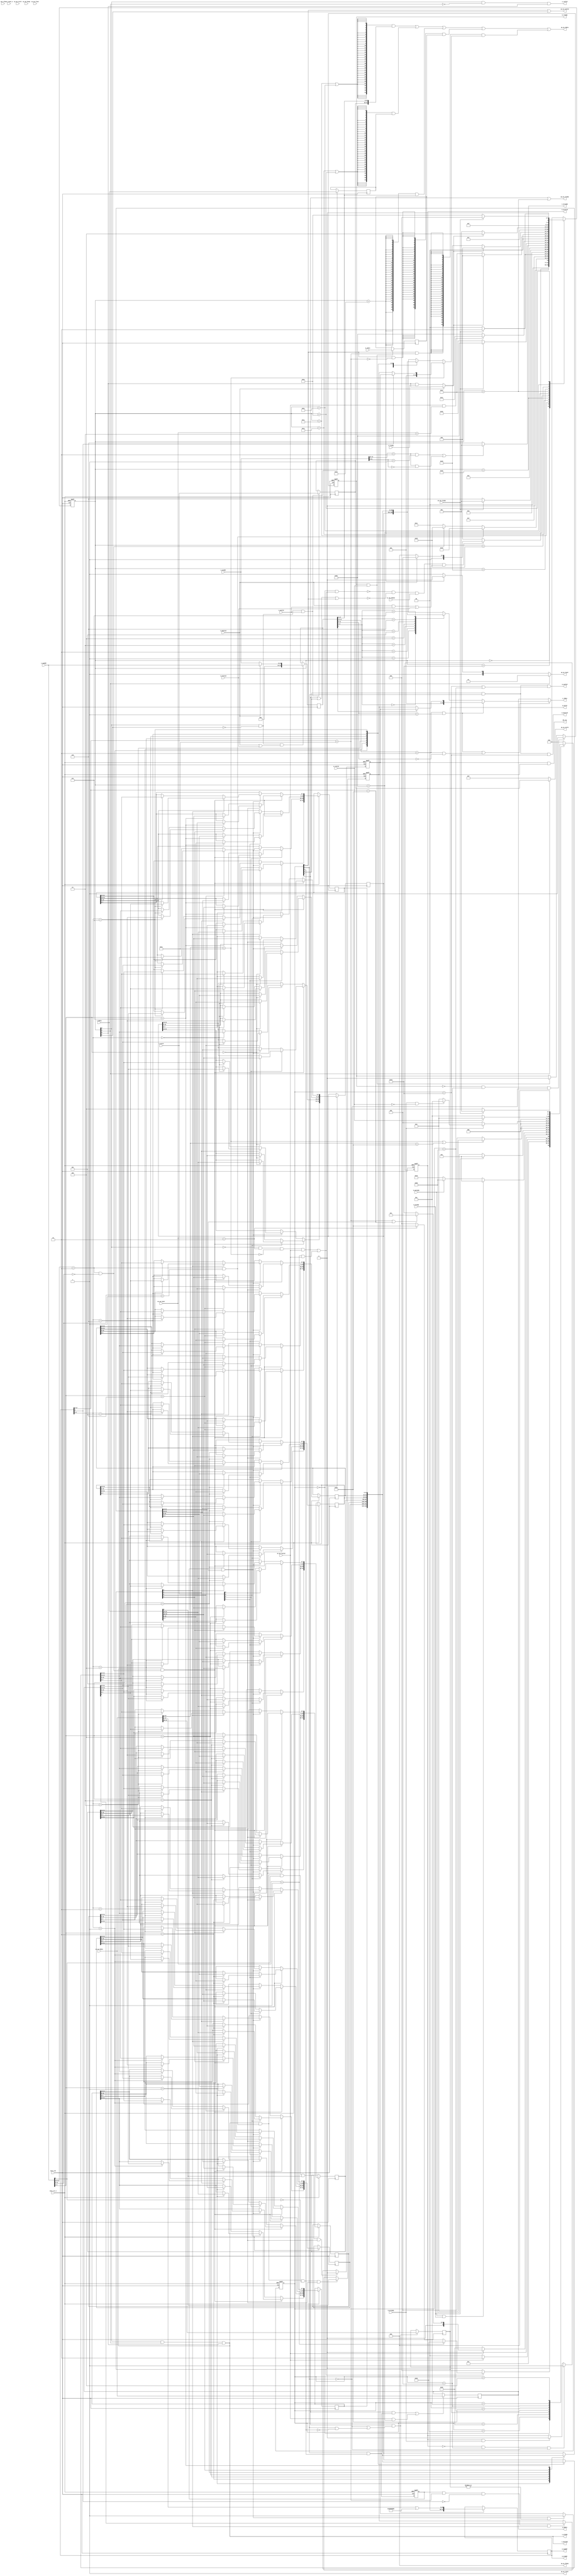
// AXIL-AXIS (AA module) - AXILite-AXIS Protcol Conversion
//  Specification: https://github.com/bol-edu/fsic_fpga/blob/main/fsic-spec-dev/modules/FSIC-AXIS%20interface%20specification.md
// 
// - Simplify the design, no fifo
//   Assuming there is no pipeline ss->lm transaction
//   Assuming there is no pipeline ls->sm tranaction 
//   Assuming there is no concurrent ss, ls transaction, i.e. either ss, or ls transaction is only, it will stall the other.
// 
// - Support 
//   Axis-slave to Axilite Master (ss->lm -> sm) read/write 
//   Axilite slave to Axis-master (ls -> sm -> ss) read/write
//   mailbox - support on 8 DW register (DW#0 - FSIC, DW#1 - FPGA)
// 

//reg [6:0] ss_lm_fsm;
`define SS_IDLE             7'b0_0_0_0_0_0_0
`define SS_RD               7'b0_1_0_0_0_0_0
`define SS_WR_S1            7'b0_1_1_0_0_0_0
`define SS_WR_S2            7'b0_1_1_0_0_1_0
`define SS_WR_LM            7'b0_0_1_1_0_0_0
`define SS_WR_LM_AW         7'b1_0_1_1_0_0_0
`define SS_RD_LM_AR         7'b0_0_0_1_0_0_0
`define SS_RD_LM_R          7'b0_0_0_1_0_1_0
`define SS_RD_SM_RS         7'b0_0_0_0_1_0_0
`define SS_DONE             7'b0_0_0_0_0_0_1


module AXIL_AXIS #( parameter pADDR_WIDTH   = 12,
                    parameter pDATA_WIDTH   = 32
                  )
(

// Clock & Reset - only use axis_clk, axis_rst_n
  input  wire          axi_clk,
  input  wire          axi_reset_n,
  input  wire          axis_clk,
  input  wire          axis_rst_n,

// LM - Axilite Master
// LM AW Channel
  output wire          m_awvalid,
  output wire  [31: 0] m_awaddr,
  input  wire          m_awready,

// LM  W Channel
  output wire          m_wvalid,
  output wire  [31: 0] m_wdata,
  output wire   [3: 0] m_wstrb,    // follow axis 2nd cycle ss_tdata[31:28]
  input  wire          m_wready,

/// LM AR Channel
  output wire          m_arvalid,
  output wire  [31: 0] m_araddr,
  input  wire          m_arready,

// LM R Channel
  output wire          m_rready,
  input  wire          m_rvalid,
  input  wire  [31: 0] m_rdata,


// LS - Axilite Slave
// LS AW Channel
  output wire          s_awready,
  input  wire          s_awvalid,
  input  wire  [14: 0] s_awaddr,

// LS W Channel
  output wire          s_wready,
  input  wire          s_wvalid,
  input  wire  [31: 0] s_wdata,  
  input  wire   [3: 0] s_wstrb,

// LS AR Channel
  output wire          s_arready,
  input  wire          s_arvalid,
  input  wire  [14: 0] s_araddr,

 // LS R Channel
  output wire  [31: 0] s_rdata,
  output wire          s_rvalid,
  input  wire          s_rready,

// -- Stream Interface with Axi-Switch (AS)

// SS - Stream Slave
  input  wire  [31: 0] as_aa_tdata,
  input  wire   [3: 0] as_aa_tstrb,
  input  wire   [3: 0] as_aa_tkeep,
  input  wire          as_aa_tlast,
  input  wire          as_aa_tvalid,
  input  wire   [1: 0] as_aa_tuser,
  output  wire         aa_as_tready,

// SM - Stream Master
  output wire  [31: 0] aa_as_tdata,
  output wire   [3: 0] aa_as_tstrb,
  output wire   [3: 0] aa_as_tkeep,
  output wire          aa_as_tlast,
  output wire          aa_as_tvalid,
  output wire   [1: 0] aa_as_tuser,
  input  wire          as_aa_tready,

// Misc
  input  wire          cc_aa_enable,   // all Axilite Slave transaction should be qualified by cc_aa_enable
  output wire          mb_irq          // Generate interrupt only when mailbox write by remote, i.e. from Axi-stream
 
);
  localparam TUSER_AXIS = 2'b00;
  localparam TUSER_AXILITE_WRITE = 2'b01;
  localparam TUSER_AXILITE_READ_REQ = 2'b10;
  localparam TUSER_AXILITE_READ_CPL = 2'b11;

  localparam TID_DN_UP = 2'b00;
  localparam TID_DN_AA = 2'b01;
  localparam TID_UP_UP = 2'b00;
  localparam TID_UP_AA = 2'b01;
  localparam TID_UP_LA = 2'b10;

// naming rule
// r_   : registered/latched
// _n   : active low
// _cyc : transaction cycle 
// interface ports:
// - ss (stream slave)
// - sm (stream master)
// - ls (axilite slave)
// - lm (axilite master)
// cycle type indicators:
// - wr : write transaction
// - rd : read transaction
// - rs : read response

// aa_reset_n - AA module reset, active low
// 1. system reset
// 2. cc_aa_enable = 0 : if AA is not enable, treated as reset
wire aa_reset_n = axis_rst_n;

// move here for early declaraion before use it to avoid error in simulation
wire ss_sm_cyc;
wire ss_t2;
reg [6:0] ss_lm_fsm;
wire ss_lm_enable;
//
//   SS Cycle type - decode from tuser, refer to fsic-axis specification
//   tuser = 2'b00    - axis cycle, ignored, we don't handle pure axi-stream transaction
//   tuser = 2'b01    - axilite write - 2T  T1:address, T2:data
//   tuser = 2'b10    - axilite read - address
//   tuser = 2'b11    - axilite read - data response
// Note: we should use latched tuser ----
wire ss_axis_cyc    = (as_aa_tuser == 2'b00);    // actually, we won't receive this cycle, as should filter it out
wire ss_wr_cyc      = (as_aa_tuser == 2'b01);    // tready is return as long as address/data latch is ok (ss_w_addr_data_ok)
wire ss_rd_cyc      = (as_aa_tuser == 2'b10);    // tready is return as long as ss_rw_addr latch is ok
wire ss_rs_cyc      = (as_aa_tuser == 2'b11); 


// --------------------------------
// Internal States
// --------------------------------
// Data/Address latches
// As a slave, we will latch (save) address and data used for the master transaction later, example
// SS -> LM  write : latch address (1st T) and data (2nd T)
// SS -> LM  read :  latch address (1st T)
// LS -> SS  write : latch address (@awvalid), data (@wvalid)
// LS -> SS  read : latch address (@arvalid), data @(rready) 
//

// ----------------------------
// cycle tracking  - ss_cyc, ls_cyc
// ----------------------------
// ------  SS -> LM  -----------
//reg  ss_wr;                  // status: latched ss transaction is read(0) or write(1)
//wire ss_rd = ~ss_wr;
wire ss_cyc;                    // indicate there is ss_cyc pending, set by ss, reset by axil transaction complete
//wire lm_ready;                // axil master transaction complete, m_wready(write), m_rvalid(read)
//wire lm_done = lm_ready;    // same as lm_ready
// reg r_ss_rresp;               // ss read data is complete, generate sm response data ??

// LS -> SM
wire ls_wr;                // indicate ls transaction is read(0), write(1)
wire ls_cyc;               // ls cycle is ongoing
                            //   write -> until sm send out stream write
                            //   read  -> until ss receive tuser= 2'b11, read response data
//reg r_sm_done;              // sm write transferred, or sm read address sent
// reg r_ss_axil_rresp;        // r_ss  ??

// ----------------------------------
//  Lached Input address / data from SS, LS, LM (response data)
// ----------------------------------
// --- SS ------------
reg [31:0] r_ss_rw_addr;            // ss-axil address latch for read and write - shared
reg [31:0] r_ss_wdata;             // ss-axil data latch for write, 
                                    //    also used for ss-axil read response data, guarantee exclusive ss w/rs by not responding ss_ready
                                    //    if ss_cyc is on-going, don't asserts ss_tready
                                    // TODO: what happend if ls and ss with valid signal at the same T? add arbitraion for it.
reg [3:0]  r_ss_wstrb;               // ss-axil wstb latch - from SS 1T tdata[31:28]
reg [1:0]  r_tuser;                 // tuser is encoded with cycle type            


// reg [31:0] ss_rs_data;         // ss data for tuser = 2'b11, used as ls respond data, i.e. s_rdata
wire [31:0] ss_rs_data = r_ss_wdata;  // shared, guarantee exclusive ss w/rs by not responding ss_ready, the code may be confusing


// ---  LS -----------  Axilite Slave
// ls side latched address, data, or read data to send
reg [31:0] r_ls_rw_addr;            // ls address

reg [31:0] r_ls_wdata;              // ls write data
reg [3:0]  r_ls_wstrb;              // ls wstrb

// --- LM  ------------ Axilite Master
// lm side - latch read response data
reg [31:0] r_lm_rs_data;            // lm read response data 


// ----------------------------------
//  Module Interface signals - Address/Data to LM, SM from internal latched registers
// ---------------------------------


// ----  LM - Adddress/Data   - from SS latched address/data
assign m_awaddr = r_ss_rw_addr;
assign m_araddr = r_ss_rw_addr;
assign m_wdata  = r_ss_wdata;
assign m_wstrb  = r_ss_wstrb;


// 
// aa_internal - address hit internal aa configuration or mailbox
// From SS
// AA  'h3000_2xxx   r_ss_rw_addr[27:0]
// aa_reg (internal) a[27:0] = 28'h000_21xx
// aa_mbox           a[27:0] = 28'h000_20xx
// From LS
// use r_ls_rw_addr[11:0]
//    aa_reg   12'h1xx
//    aa_mbox  12'h0xx
// 
// From LS
//   - read ( AA, MBOX), Write AA   => no need trigger LS state machine
// From SS
//   - write/read AA  => no need to trigger SS state machine
//   - write Mbox
wire ss_aa_reg  = ( as_aa_tdata[27:8] == 20'h000_21 );   // xxxx_3xxx, xxxx_2xxx only compare addr[11:8];
wire ss_aa_mbox = ( as_aa_tdata[27:8] == 20'h000_20 );  

wire ss_aa_reg_latch = ( r_ss_rw_addr[27:8] == 20'h000_21 );   // xxxx_3xxx, xxxx_2xxx only compare addr[11:8];
wire ss_aa_mbox_latch = ( r_ss_rw_addr[27:8] == 20'h000_20 );  

wire ls_aa_reg  = ( r_ls_rw_addr[14:12] == 3'b010 && r_ls_rw_addr[11:8] == 4'h1);
wire ls_aa_mbox = ( r_ls_rw_addr[14:12] == 3'b010 && r_ls_rw_addr[11:8] == 4'h0 );

wire ls_aa_reg_lw  = ( s_awaddr[14:12] == 3'b010 && s_awaddr[11:8] == 4'h1 );   //ls_aa_reg local write
wire ls_aa_mbox_lw = ( s_awaddr[14:12] == 3'b010 && s_awaddr[11:8] == 4'h0 );   //s_aa_mbox local write

wire ls_aa_reg_lr  = ( s_araddr[14:12] == 3'b010 && s_araddr[11:8] == 4'h1 );   //ls_aa_reg local read
wire ls_aa_mbox_lr = ( s_araddr[14:12] == 3'b010 && s_araddr[11:8] == 4'h0 );   //s_aa_mbox local read

// ---------------------------------------
// AA-register
// - Memory-mapped Address (32'h3000_2000 ~'h3000_2xxx) - cc_aa_enable
    //--------------------------------------------------
    // for AA_REG description
    // offset 0-3 (32bit):
    //   bit 0: Enable Interrupt
    //       0 = disable interrupt signal
    //       1 = enable interrupt signal
    // offset 4-7 (32bit):
    //   bit 0: Interrupt Status
    //       1: interrupt has occurred
    //       0: no interrupt
    //--------------------------------------------------
reg intr_enable;  // rw: offset:0, bit0  - use addr[2] to select
reg intr_status;  // ro: offset:4, bit0

// ---------------------------------------
// Mailbox 
// - Memory-mapped address (32'h3000_2000~3000_201f)
//   Use address[4:2]  to index mb_regs
// ---------------------------------------
// parameter MBOX_BASE_  
reg [31:0] mb_regs[7:0];    // only support 8*DW to save space


/// wire [31:0] ss_aa_internal_data;        // ss won't read aa internal data

// for local read - r_ls_rw_addr is valid
wire [31:0] ls_aa_internal_data = ls_aa_reg ? (r_ls_rw_addr[2] ? {31'b0, intr_status}
                                                               : {31'b0, intr_enable})                                             
                                            : mb_regs[r_ls_rw_addr[4:2]];


// for SS read - not verify yet - 
// Question : how to read AA_reg target in remote side? - Limitation
// issue: local_ls read address in AA_reg range will cliam and return locally, do not send to remote side.
//   provide below solution
//   add a input signal named aa_type, AA in soc(0) or fpga(1)
//      for aa_type = soc(0)  then AA_reg in 15'h21xx 
//      for aa_type = fpga(1) then AA_reg in 15'h22xx 
//   for example : 
//         in fpga, ls addr = 15'h21xx for remote AA and send to remote side
//         in fpga, ls addr = 15'h22xx then cliam and return locally
//         in soc,  ls addr = 15'h21xx then cliam and return locally
//         in soc,  ls addr = 15'h22xx for remote AA and send to remote side
// note: mailbox do not support remote read, only support local write and send a mailbox message to remote side. no need different address in soc and fpga
//        mailbox address = 15'h20xx in both soc and fpga
wire [31:0] sm_aa_internal_data = ss_aa_reg ? (r_ss_rw_addr[2] ? {31'b0, intr_status}
                                                                : {31'b0, intr_enable})
                                            : mb_regs[r_ss_rw_addr[4:2]];
// ----- LS - Data Source
// 1. SS RS data  - ss_rs_data 
// 2. ls_aa_internal data
assign s_rdata  = (ls_aa_reg | ls_aa_mbox) ?  ls_aa_internal_data  // for local_ls read
                                              : ss_rs_data;        // from SS read-response tuser=11

// ----------------------------
// mb_regs, intr_status, inter_enalbe
// LS write - s_wready qualify by ls_aa_reg, ls_aa_mbox
// SS write - ss_t2 @ clk  qualify by ss_aa_reg ls_aa_mbox

reg r_ss_t2;   // one cycle after ss_t2 to ensure ss address/data is valid
always @(posedge axis_clk or negedge axis_rst_n) begin
    if(! axis_rst_n)  begin
        r_ss_t2 <= 0;
    end else begin
        r_ss_t2 <= ss_t2;
    end
end

// 
// intr_status
//  set by ss write to mbox
//  reset by ls write to status with 1  (write one to clear)
// 
always @(posedge axis_clk or negedge axis_rst_n) begin
    if( !axis_rst_n ) begin
        intr_status <= 0;
    end else begin

        // intr_staus
        if(s_wready & ls_aa_reg_lw & s_awaddr[2] & s_wdata[0] & & s_wstrb[0]) //local write one to clear
            intr_status <= 1'b0;    // write-one-to clear 
        else if( r_ss_t2  & ss_aa_mbox_latch & (|r_ss_wstrb) ) //Remote write any mbox register to set
            intr_status <= 1'b1;    // mbox write set status
        else     
            intr_status <= intr_status;

    end
end 

always @(posedge axis_clk or negedge axis_rst_n) begin
    if( !axis_rst_n ) begin
        intr_enable <= 0;
    end else begin

        // intr_enable
        if(s_wready & ls_aa_reg_lw & !s_awaddr[2] & s_wstrb[0])    //local access 
            intr_enable <= s_wdata[0];
        else if( r_ss_t2  & ss_aa_reg_latch & !r_ss_rw_addr[2] & r_ss_wstrb[0])  //Remote access 
            intr_enable  <= r_ss_wdata[0];
        else 
            intr_enable <= intr_enable ;

        // mbox
        if(s_wready & ls_aa_mbox_lw) begin 
            if ( s_wstrb[0] ) mb_regs[s_awaddr[4:2]][7:0] <= s_wdata[7:0];
            else              mb_regs[s_awaddr[4:2]][7:0] <= mb_regs[s_awaddr[4:2]][7:0];
            if ( s_wstrb[1] ) mb_regs[s_awaddr[4:2]][15:8] <= s_wdata[15:8];
            else              mb_regs[s_awaddr[4:2]][15:8] <= mb_regs[s_awaddr[4:2]][15:8];
            if ( s_wstrb[2] ) mb_regs[s_awaddr[4:2]][23:16] <= s_wdata[23:16];
            else              mb_regs[s_awaddr[4:2]][23:16] <= mb_regs[s_awaddr[4:2]][23:16];
            if ( s_wstrb[3] ) mb_regs[s_awaddr[4:2]][31:24] <= s_wdata[31:24];
            else              mb_regs[s_awaddr[4:2]][31:24] <= mb_regs[s_awaddr[4:2]][31:24];
        end    
        else if( r_ss_t2  & ss_aa_mbox_latch ) begin
            `ifdef SIMULATION
              $display($time, "=> detect ss_aa_mbox_latch write %x, %x, %x", r_ss_rw_addr, r_ss_wstrb, r_ss_wdata);        
            `endif //SIMULATION  
            if ( r_ss_wstrb[0] ) mb_regs[r_ss_rw_addr[4:2]][7:0] <= r_ss_wdata[7:0];
            else              mb_regs[r_ss_rw_addr[4:2]][7:0] <= mb_regs[r_ss_rw_addr[4:2]][7:0];
            if ( r_ss_wstrb[1] ) mb_regs[r_ss_rw_addr[4:2]][15:8] <= r_ss_wdata[15:8];
            else              mb_regs[r_ss_rw_addr[4:2]][15:8] <= mb_regs[r_ss_rw_addr[4:2]][15:8];
            if ( r_ss_wstrb[2] ) mb_regs[r_ss_rw_addr[4:2]][23:16] <= r_ss_wdata[23:16];
            else              mb_regs[r_ss_rw_addr[4:2]][23:16] <= mb_regs[r_ss_rw_addr[4:2]][23:16];
            if ( r_ss_wstrb[3] ) mb_regs[r_ss_rw_addr[4:2]][31:24] <= r_ss_wdata[31:24];
            else              mb_regs[r_ss_rw_addr[4:2]][31:24] <= mb_regs[r_ss_rw_addr[4:2]][31:24];
        end    
    end
end

// --- mb_irq ---
// asserts mb_irq when  intr_status = 1 & intr_enable
//
assign mb_irq = intr_status & intr_enable; 

// -------------------------------------------------------
// LS State Machine - Tracking LS -> SM Conversion
// Note LS State machine & SS State machine can not run currently
//  LS read AA reg + MBOX LS_RD -> LS_R_DONE
//  LS write AA_reg       LS_WR -> LS_W_DONE
//  LS write AA_MBOX   pass to FPGA -> LS_WR_SM1
// -------------------------------------------------------
reg [6:0] ls_sm_fsm;

//
// sm fsm state encoding is used to generate related control signal
//                         {rd_ss_wait_rs, mbox, ls_cyc, ls_wr, ls_sm_tvalid_cyc, w1/w2 or ss_read, done}
`define LS_IDLE             7'b0_0_0_0_0_0_0              
`define LS_RD               7'b0_0_1_0_0_0_0
`define LS_WR               7'b0_0_1_1_0_0_0
`define LS_WR_SM1           7'b0_0_1_1_1_0_0
`define LS_WR_SM2           7'b0_0_1_1_1_1_0
`define LS_RD_SM_REQ        7'b0_0_1_0_1_1_0
`define LS_RD_SS_WAIT_RS    7'b1_0_1_0_0_0_0
`define LS_R_DONE           7'b0_0_1_0_0_0_1
`define LS_W_DONE           7'b0_0_1_1_0_0_1
`define LS_MBOXW            7'b0_1_1_1_0_0_1
`define LS_MBOXW_SM1        7'b0_1_1_1_1_0_0
`define LS_MBOXW_SM2        7'b0_1_1_1_1_1_0

wire sm_tvalid;

// cycle indicator and control signal generaion
wire   ls_mbox = ls_sm_fsm[5];
assign ls_cyc = ls_sm_fsm[4];
wire   ls_only_cyc = ls_sm_fsm[4] & !ls_sm_fsm[2];  // LS_RD, LS_WR 
assign ls_wr  = ls_sm_fsm[3];
wire   ls_sm_tvalid_cyc = ls_sm_fsm[2];
wire   sm_wr_t1 = (ls_sm_fsm == `LS_WR_SM1) || (ls_sm_fsm == `LS_MBOXW_SM1);
wire   sm_wr_t2 = (ls_sm_fsm == `LS_WR_SM2) || (ls_sm_fsm == `LS_MBOXW_SM2);
wire   sm_read_t = (ls_sm_fsm == `LS_RD_SM_REQ);
wire   ls_r_done = (ls_sm_fsm == `LS_R_DONE);
wire   ls_done  = ls_sm_fsm[0];
wire   ls_rd_ss_wait_rs = (ls_sm_fsm == `LS_RD_SS_WAIT_RS);


// interface signals  - axilite slave
assign s_awready = ls_cyc & ls_wr & ls_done;
assign s_wready  = s_awready;
assign s_arready  = (ls_sm_fsm == `LS_RD);
assign s_rvalid = ls_cyc & !ls_wr & ls_done;

// interface signals  - axis master
assign aa_as_tvalid = sm_tvalid;                           //sm_tvalid = ss_sm_cyc | ls_sm_tvalid_cyc

// ---- SM - data has several sources
// 1. LS write - 1st T = r_ls_wstrb + r_ls_rw_addr
//               2nd T = r_ls_wdata
// 2. LS read = 4'b0000 + r_ls_rw_addr
// 3. SS read response  : r_lm_rs_data
// 
assign aa_as_tdata =  ({32{sm_wr_t1}}  & {r_ls_wstrb, r_ls_rw_addr[27:0]} )     // from local to remote write(include mbox write), local_ls write t1 -> local_sm write 
                   |  ({32{sm_wr_t2}}  & r_ls_wdata )                           // from local to remote write(include mbox write), local_ls write t2 -> local_sm write 
                   |  ({32{sm_read_t}}  & {4'b0000, r_ls_rw_addr[27:0]} )       // from local to remote read, local_ls read -> local_sm read
                   |  ({32{ss_sm_cyc & !ss_aa_reg_latch}} & r_lm_rs_data )          // remote_ls read -> remote_sm read -> local_ss read -> local_lm read_resp -> local_sm read_resp
                   |  ({32{ss_sm_cyc  &  ss_aa_reg_latch}} & sm_aa_internal_data)   // remote_ls read -> remote_sm read -> local_ss read -> local_lm read_resp -> local_sm read_resp
                   ;

assign aa_as_tstrb = (ls_wr? r_ls_wstrb : 4'b1111);     //from local to remote write use r_ls_wstrb, local_ls write -> local_sm write 
                                                          //from local to remote read use 4'b1111 ? local_ls read -> local_sm read
                                                          //from remote remote_ls read  -> remote_sm read -> local_ss read -> local_lm read_resp -> local_sm read_resp use 4'b1111
assign aa_as_tkeep = 0;
assign aa_as_tlast = 1'b1;
assign aa_as_tuser = ls_wr? TUSER_AXILITE_WRITE : 
                              (sm_read_t? TUSER_AXILITE_READ_REQ : TUSER_AXILITE_READ_CPL) ;


// control signals
// {ls_sm_enable, ls_sm_wr, sm_ready, sm_rs_ready}
// Note: LS, SS State machine is exclusive - when ss_cyc is ongoing then pending ls_sm_enable until ss_cyc done.
// SS state machine with higher priority then LS State machine when both in IDLE state and try to move to next state.
wire ls_sm_enable = !((ss_lm_fsm == `SS_IDLE) & ss_lm_enable) & !ss_cyc & cc_aa_enable & ((s_awvalid & s_wvalid) | s_arvalid);   // axilite AW & W AR request asserts
wire ls_sm_wr = s_awvalid;                  // axilite AW - write transaction
wire sm_ready = as_aa_tready;               // sm bus ready if write 2 cycle
wire ss_rs_ready = as_aa_tvalid & ss_rs_cyc; // axis slave receives read completion
wire ls_ready  = ls_sm_wr ? ls_done : ls_done & s_rready;      // ls read need to wait s_rready

// State Machine - ls_sm_fsm
always @(posedge axis_clk or negedge axis_rst_n) begin   // asynchronous reset
    if( !axis_rst_n ) begin
        ls_sm_fsm <= `LS_IDLE;
    end else begin
        case(ls_sm_fsm) 
            `LS_IDLE : 
                if(ls_sm_enable) begin
                    if(ls_sm_wr) ls_sm_fsm <= `LS_WR;
                    else         ls_sm_fsm <= `LS_RD;
                end else begin
                                ls_sm_fsm <= `LS_IDLE;
                end
            `LS_WR:  
                if(ls_aa_reg_lw)          ls_sm_fsm <= `LS_W_DONE;    
                else if(ls_aa_mbox_lw)    ls_sm_fsm <= `LS_MBOXW;    
                else                      ls_sm_fsm <= `LS_WR_SM1;
            `LS_WR_SM1: 
                if(sm_ready)    ls_sm_fsm <= `LS_WR_SM2;
                else            ls_sm_fsm <= `LS_WR_SM1;
            `LS_WR_SM2:
                if(sm_ready)    ls_sm_fsm <= `LS_W_DONE;
                else            ls_sm_fsm <= `LS_WR_SM2;
            `LS_RD:             
                if( ls_aa_reg_lr || ls_aa_mbox_lr ) ls_sm_fsm <= `LS_R_DONE; 
                else                               ls_sm_fsm <= `LS_RD_SM_REQ;
            `LS_RD_SM_REQ:                  // send 1T read request
                if(sm_ready)    ls_sm_fsm <= `LS_RD_SS_WAIT_RS;
                else            ls_sm_fsm <= `LS_RD_SM_REQ;
            `LS_RD_SS_WAIT_RS:
                if(ss_rs_ready) ls_sm_fsm <= `LS_R_DONE;
                else            ls_sm_fsm <= `LS_RD_SS_WAIT_RS;
            `LS_R_DONE:           
                if(ls_ready)    ls_sm_fsm <= `LS_IDLE;
                else            ls_sm_fsm <= `LS_R_DONE;
            `LS_W_DONE:           
                if(ls_ready)    ls_sm_fsm <= `LS_IDLE;
                else            ls_sm_fsm <= `LS_W_DONE;
            `LS_MBOXW:           
                if(ls_ready)    ls_sm_fsm <= `LS_MBOXW_SM1;
                else            ls_sm_fsm <= `LS_MBOXW;
            `LS_MBOXW_SM1: 
                if(sm_ready)    ls_sm_fsm <= `LS_MBOXW_SM2;
                else            ls_sm_fsm <= `LS_MBOXW_SM1;
            `LS_MBOXW_SM2:
                if(sm_ready)    ls_sm_fsm <= `LS_IDLE;
                else            ls_sm_fsm <= `LS_MBOXW_SM2;
            default:            ls_sm_fsm <= `LS_IDLE;
        endcase
    end
end 



// ------------------------------------------------------
// SS State machine - tracking SS -> LM 
//reg [6:0] ss_lm_fsm;

//
// sm fsm state encoding is used to generate related control signal
//  SS read AA inernal  SS_RD     -> SS_RD_SM_RS
//  SS write AA internal SS_WR_S2 -> SS_DONE
// 
/*
                          {ss_only_cyc, ss_wr, lm_cyc, ss_sm_cyc, w1/w2 or RD_LM_AR/R, done}
`define SS_IDLE             7'b0_0_0_0_0_0_0
`define SS_RD               7'b0_1_0_0_0_0_0
`define SS_WR_S1            7'b0_1_1_0_0_0_0
`define SS_WR_S2            7'b0_1_1_0_0_1_0
`define SS_WR_LM            7'b0_0_1_1_0_0_0
`define SS_WR_LM_AW         7'b1_0_1_1_0_0_0
`define SS_RD_LM_AR         7'b0_0_0_1_0_0_0
`define SS_RD_LM_R          7'b0_0_0_1_0_1_0
`define SS_RD_SM_RS         7'b0_0_0_0_1_0_0
`define SS_DONE             7'b0_0_0_0_0_0_1
*/

// cycle indicator and control signal generaion
assign ss_cyc = ss_lm_fsm[5] | ss_lm_fsm[3] | ss_lm_fsm[2];   //ss_only_cyc + lm_cyc + ss_sm_cyc
wire ss_only_cyc = ss_lm_fsm[5];
wire ss_wr  = ss_lm_fsm[4];
wire lm_cyc = ss_lm_fsm[3];
wire   lm_ar_cyc = ( ss_lm_fsm == `SS_RD_LM_AR);
assign ss_sm_cyc = ss_lm_fsm[2];
wire ss_t1  = ss_wr & !ss_lm_fsm[1];
assign ss_t2  = ss_wr & ss_lm_fsm[1];
wire ss_done  = ss_lm_fsm[0];

//wire ss_rd = ~ss_wr;

// combine from lm->sm
assign sm_tvalid = ss_sm_cyc | ls_sm_tvalid_cyc;    //from ss_sm_cyc is from remote, ls_sm_tvalid_cyc is from local

// interface signals - axis slave
// 1. remote_sm to local_ss read req
// 2. remote_sm to local_ss write req (include remote to local mbox write)
// 3. remote_sm read_resp -> local_ss read_resp
//    - local_ls read -> loca_sm read -> remote_ss read -> remote_lm read_resp -> remote_sm read_resp -> local_ss read_resp
assign aa_as_tready = ss_only_cyc | ls_r_done;

// interface signal - axis master
//   assign aa_as_tdata 


reg r_m_arvalid;
// set by lm_cyc & !ss_wr;
// clear by m_arready
always @(posedge axis_clk or negedge axis_rst_n) begin   
    if( !axis_rst_n ) r_m_arvalid <= 1'b0;
    else if (r_m_arvalid == 1'b0 &&  lm_ar_cyc && !ss_wr )  r_m_arvalid <= 1'b1;
    else if ( (r_m_arvalid == 1'b1) && (m_arready == 1'b1) ) r_m_arvalid <= 1'b0;
    else r_m_arvalid <= r_m_arvalid;
end

reg r_m_rready;
// set by lm_cyc & !ss_wr;
// clear by m_rvalid
always @(posedge axis_clk or negedge axis_rst_n) begin   
    if( !axis_rst_n ) r_m_rready <= 1'b0;
    else if (r_m_rready == 1'b0 &&  lm_ar_cyc && !ss_wr )  r_m_rready <= 1'b1;
    else if ( (r_m_rready == 1'b1) && (m_rvalid == 1'b1) ) r_m_rready <= 1'b0;
    else r_m_rready <= r_m_rready;
end

// LM interface signal - lm master
//support slave device in lm interface assert m_awready then assert m_wready or at the same clock.
assign m_awvalid = lm_cyc & ss_wr & (ss_lm_fsm == `SS_WR_LM);
assign m_wvalid  = lm_cyc & ss_wr & ( (ss_lm_fsm == `SS_WR_LM) | (ss_lm_fsm == `SS_WR_LM_AW) );
assign m_arvalid = r_m_arvalid; // m_arvalid de-assert when detect m_arready assert
assign m_rready  = r_m_rready;  // m_rready de-assert when detect m_rvalid assert


// control signals
// Note:  1. LS, SS state mchine are exclusive
//        2. limitation: dead lock issue, if remote side send a read request and ss_aa_reg=1. current design do not assert tready in SS then dead lock.
//        3. dead lock issue - both side issue mailbox write
//            workaround - SS state mahcine from IDLE to next state when ss_wr_cyc=1

// ss_lm_enable in below conditions
// 1. no on going ls cycle and current request from remote sm to local ss read cycle address not in aa_reg range.
//    - for remote sm to local ss read_resp cycle (ss_rs_cyc) do not let ss_lm_enable=1
// 2. remote sm to local ss is write cycle 
//
// limitation : dead lock when both side issue cfg read to remote side at the same time
// - for example 
//    A. soc  issue cfg read request to fpga then the soc  ls_cyc=1 and isseu read req from soc's  SM to fpga's ss.
//    in soc's view point, the ls_sys=1 and ss_rd_cyc=1 then keep ss_lm_enable = 0
//    B. fpga issue cfg read request to soc  then the fpga ls_cyc=1 and isseu read req from fpga's SM to soc's ss.
//    in fpga's view point, the ls_sys=1 and ss_rd_cyc=1 then keep ss_lm_enable = 0
//    - dead lock in both side, the ss_lm_enable keep = 0.
// - usage : in most case only fpga need issue remote cfg read for debugging.
// - improve solution: use mailbox as a communication chaneel for sw to grant/release the remote cfg access right. The spec is defeined by software if need.(TBD)

assign ss_lm_enable = (!ls_cyc & ss_rd_cyc & !ss_aa_reg & as_aa_tvalid ) || (ss_wr_cyc & as_aa_tvalid );

        
// State Machine - ss_lm_fsm
always @(posedge axis_clk or negedge axis_rst_n) begin   // asynchronous reset
    if( !axis_rst_n ) begin
        ss_lm_fsm <= `SS_IDLE;
    end else begin
        case(ss_lm_fsm) 
            `SS_IDLE: 
                if(ss_lm_enable) begin
                    if(ss_wr_cyc)             ss_lm_fsm <=  `SS_WR_S1;
                    else if(ss_rd_cyc)        ss_lm_fsm <= `SS_RD;
                    else                      ss_lm_fsm <= `SS_IDLE;
                end 
                else begin
                    ss_lm_fsm <= `SS_IDLE;
                end
            `SS_WR_S1:  
                if(as_aa_tvalid)   ss_lm_fsm <= `SS_WR_S2;
                else               ss_lm_fsm <= `SS_WR_S1;
            `SS_WR_S2:
                if(as_aa_tvalid)   begin
                    if(ss_aa_reg_latch | ss_aa_mbox_latch)  ss_lm_fsm <= `SS_DONE;
                    else                        ss_lm_fsm <= `SS_WR_LM;
                end 
                else  begin 
                    ss_lm_fsm <= `SS_WR_S2;
                end
            `SS_WR_LM:
                if(m_awready && m_wready)       ss_lm_fsm <= `SS_DONE;      
                else if(m_awready)              ss_lm_fsm <= `SS_WR_LM_AW;
                else                            ss_lm_fsm <= `SS_WR_LM;
            `SS_WR_LM_AW:
                if(m_wready)        ss_lm_fsm <= `SS_DONE;
                else                ss_lm_fsm <= `SS_WR_LM_AW;
            `SS_RD:
                if(ss_aa_reg | ss_aa_mbox) ss_lm_fsm <= `SS_RD_SM_RS;
                else                      ss_lm_fsm <= `SS_RD_LM_AR;    //read cfg target not in AA
            `SS_RD_LM_AR:
                if( !m_arready )                ss_lm_fsm <= `SS_RD_LM_AR;
                else if( m_arready & !m_rvalid ) ss_lm_fsm <= `SS_RD_LM_R;
                else                            ss_lm_fsm <= `SS_RD_SM_RS;
            `SS_RD_LM_R:
                if( !m_rvalid )      ss_lm_fsm <= `SS_RD_LM_R;
                else                 ss_lm_fsm <= `SS_RD_SM_RS;
            `SS_RD_SM_RS:
                if( !as_aa_tready)   ss_lm_fsm <= `SS_RD_SM_RS;
                else                 ss_lm_fsm <= `SS_DONE;
            `SS_DONE:               ss_lm_fsm <= `SS_IDLE;
            default:            ss_lm_fsm <= `SS_IDLE;
        endcase
    end
end        


// ------------------------------------------------------
//  Address / Data Storage
// ------------------------------------------------------

// ---------   SS    ---------------
// SS - r_ss_rw_addr, r_ss_wdata, r_ss_wstrb, r_tuser
//  - ss side address/data latch
// Note: it does not need reset, why ? when it is used, the content will be valid anyway
// -------------------------

always @( posedge axis_clk ) begin              // T1 - address
    if( ss_only_cyc && (!ss_wr | ss_t1) ) begin     //ss_only_cyc = aa_as_tready
                                                        //latch addr, strb and user when read or ss_t1
        r_ss_rw_addr <= as_aa_tdata[27:0] | 32'h3000_0000;  //for received cfg R/W request in ss, update address bit[31:28]= 4'h3 in local for send to lm connect to config control.
        r_ss_wstrb <= as_aa_tdata[31:28];                          //how to use as_aa_tstrb?
        r_tuser <= as_aa_tuser;
    end else begin
        r_ss_rw_addr <= r_ss_rw_addr;
        r_ss_wstrb <= r_ss_wstrb;
        // r_tuser <= as_aa_tuser;
        r_tuser <= r_tuser;
    end
end

//r_ss_wdata come from below source
// 1. SS write - r_ss_wdata come from as_aa_tdata
//    when remote_ls write -> remote_sm write t2 -> local_ss write t2
// 2. SS read_resp r_ss_wdata come from as_aa_tdata
//    when local_ls read -> local_sm read -> remote_ss read -> remote_lm read_resp -> remote_sm read_resp -> local_ss read_resp

always @(posedge axis_clk) begin                // T2 - data
    if( ( ss_only_cyc && ss_t2 ) || (as_aa_tvalid && ls_rd_ss_wait_rs ) )     //ss_only_cyc = aa_as_tready
                                                                                  //early capture data when as_aa_tvalid
          r_ss_wdata <= as_aa_tdata;                      //ss_rs_data = r_ss_wdata, it is share. 
    else  r_ss_wdata <= r_ss_wdata;
end


// ----------  LS     ---------------------------
// r_ls_rw_addr   - LS address    @awvaid, arvalid
// r_ls_wdata       - LS write data @wvalid
// r_ls_wstrb      - ls write strb @awvalid
// 

always @( posedge axis_clk ) begin
    if( ls_only_cyc & (s_awvalid | s_arvalid))  begin   //use valid to latch addr.
        r_ls_rw_addr <= s_awvalid ? s_awaddr : s_araddr;   //r_ls_rw_addr[31:15] awlays = 0
    end else begin
        r_ls_rw_addr <= r_ls_rw_addr; 
    end
end

always @( posedge axis_clk ) begin
    if( ls_only_cyc & s_wvalid )  begin
        r_ls_wstrb <= s_wstrb;
        r_ls_wdata <= s_wdata;
    end else begin
        r_ls_wstrb <= r_ls_wstrb;
        r_ls_wdata <= r_ls_wdata;
    end
end


// ---------- LM   --------------------
//  r_lm_rs_data           // latch read response data in LM used for SM to return RS data
//
always @( posedge axis_clk ) begin
    if( m_rvalid && m_rready ) begin   
        r_lm_rs_data <= m_rdata;
    end else begin
        r_lm_rs_data <= r_lm_rs_data;
    end
end
 

endmodule // AXIL_AXIS